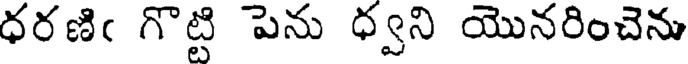
ధరణిఁ గొట్టి పెను ధ్వని యొనరించెను